Lunatic asylums Burma 1907-21 - 1907-1921
Year: 1907
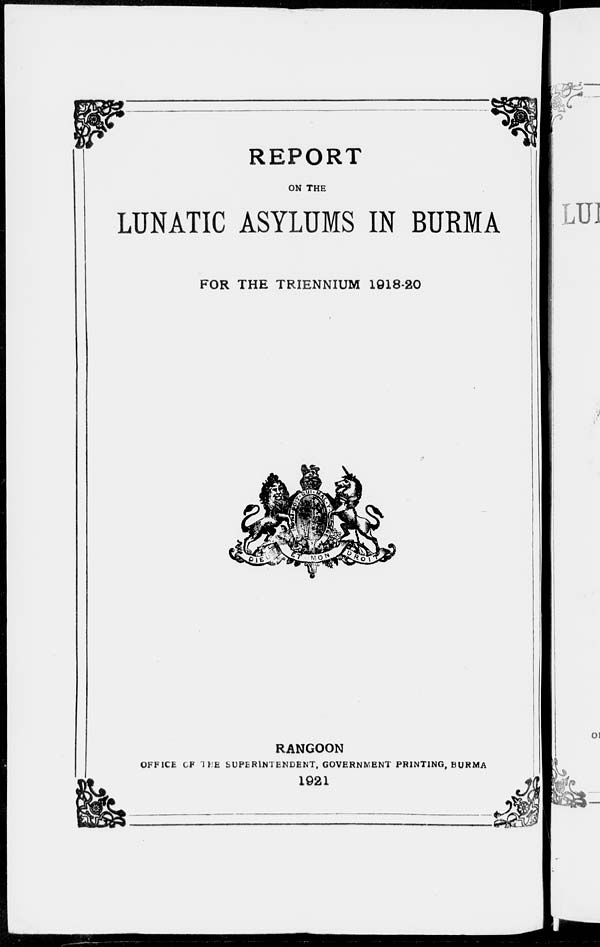
REPORT
ON THE
LUNATIC ASYLUMS IN BURMA
FOR THE TRIENNIUM 1918-20
RANGOON
OFFICE OF THE SUPERINTENDENT, GOVERNMENT PRINTING, BURMA
1921